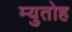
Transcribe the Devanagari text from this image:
म्युतोह